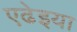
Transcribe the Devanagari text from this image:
एढेइया